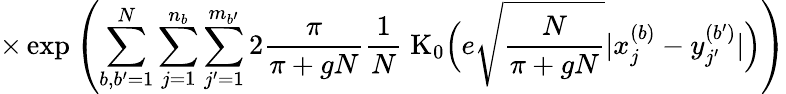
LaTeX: \times\exp\left(\sum_{b,b^{\prime}=1}^{N}\sum_{j=1}^{n_{b}}\sum_{j^{\prime}=1}^{m_{b^{\prime}}}2\frac{\pi}{\pi+gN}\frac{1}{N}\; \mathrm{K}_{0}\Big(e\sqrt{\frac{N}{\pi+gN}}|x_{j}^{(b)}-y_{j^{\prime}}^{(b^{\prime})}|\Big)\right)